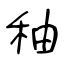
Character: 秞